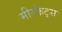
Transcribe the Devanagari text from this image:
मीरकैट्स